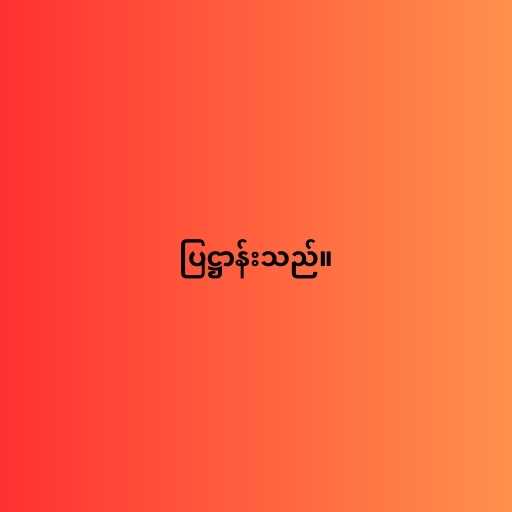
ပြဋ္ဌာန်းသည်။